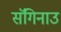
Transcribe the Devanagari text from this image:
सॅगिनाउ